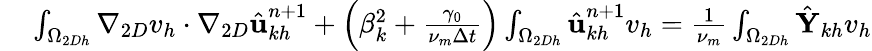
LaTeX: \begin{array}{rl}{\small}&{{}\int_{\Omega_{2Dh}}\nabla_{2D}v_{h}\cdot\nabla_{2D}\hat{\textbf{u}}_{kh}^{n+1}+\left(\beta_{k}^{2}+\frac{\gamma_{0}}{\nu_{m}\Delta t}\right)\int_{\Omega_{2Dh}}\hat{\textbf{u}}_{kh}^{n+1}v_{h}=\frac{1}{\nu_{m}}\int_{\Omega_{2Dh}}\hat{\textbf{Y}}_{kh}v_{h}}\end{array}